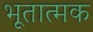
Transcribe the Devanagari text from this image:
भूतात्मक